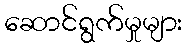
ဆောင်ရွက်မှုများ